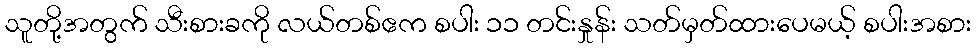
သူတို့အတွက် သီးစားခကို လယ်တစ်ဧက စပါး ၁၁ တင်းနှုန်း သတ်မှတ်ထားပေမယ့် စပါးအစား